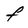
Character: f